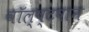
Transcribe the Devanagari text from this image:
वॉल्ष्टषान